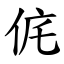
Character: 侂